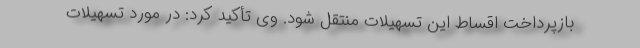
بازپرداخت اقساط این تسهیلات منتقل شود. وی تأکید کرد: در مورد تسهیلات